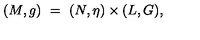
( M , g ) \ = \ ( N , \eta ) \times ( L , G ) ,